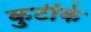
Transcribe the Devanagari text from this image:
कुटीके